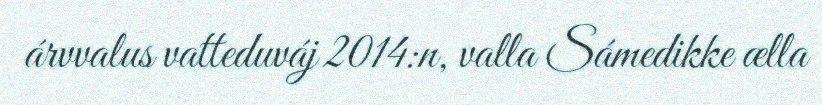
árvvalus vatteduváj 2014:n, valla Sámedikke ælla